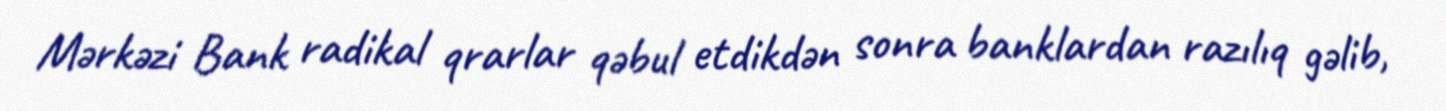
Mərkəzi Bank radikal qrarlar qəbul etdikdən sonra banklardan razılıq gəlib,